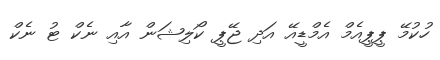
ހުކުމޭ ޕީޕީއެމް އެމްޑީއޭ އަދި ޖޭޕީ ކޯލިޝަން އާއި ނެކް ޓު ނެކް